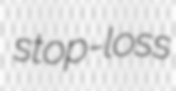
stop-loss